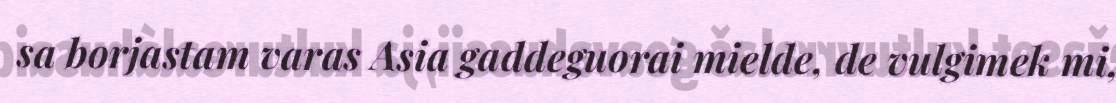
sa borjastam varas Asia gaddeguorai mielde, de vulgimek mi,